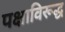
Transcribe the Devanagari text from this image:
पक्षाविरूद्ध